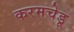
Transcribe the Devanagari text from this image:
करमचेडू